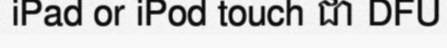
iPad or iPod touch ជា DFU